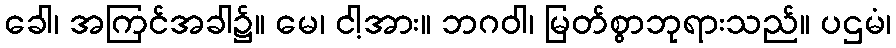
ခေါ၊ အကြင်အခါ၌။ မေ၊ ငါ့အား။ ဘဂဝါ၊ မြတ်စွာဘုရားသည်။ ပဌမံ၊